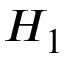
H _ { 1 }